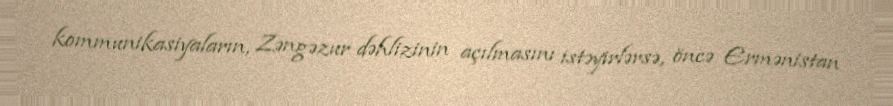
kommunikasiyaların, Zəngəzur dəhlizinin açılmasını istəyirlərsə, öncə Ermənistan